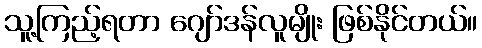
သူ့ကြည့်ရတာ ဂျော်ဒန်လူမျိုး ဖြစ်နိုင်တယ်။